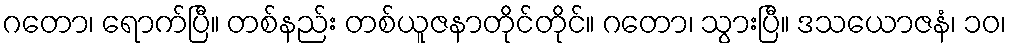
ဂတော၊ ရောက်ပြီ။ တစ်နည်း တစ်ယူဇနာတိုင်တိုင်။ ဂတော၊ သွားပြီ။ ဒသယောဇနံ၊ ၁၀၊